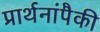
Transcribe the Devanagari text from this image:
प्रार्थनांपैकी